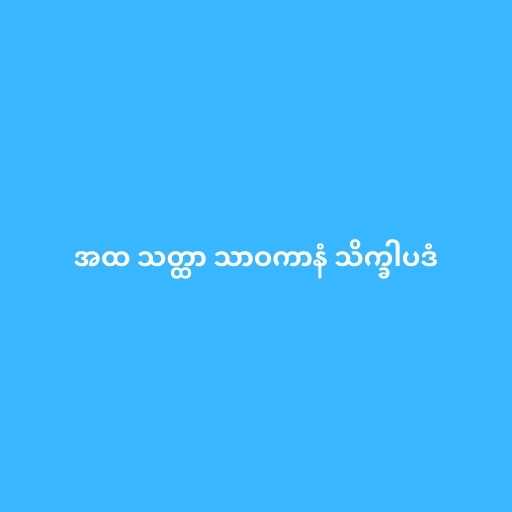
အထ သတ္ထာ သာဝကာနံ သိက္ခါပဒံ